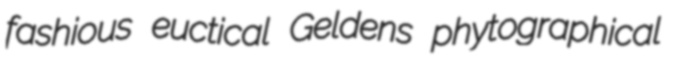
fashious euctical Geldens phytographical